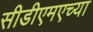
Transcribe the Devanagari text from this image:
सीडीएमएच्या